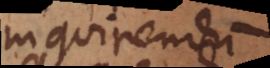
inquirendum